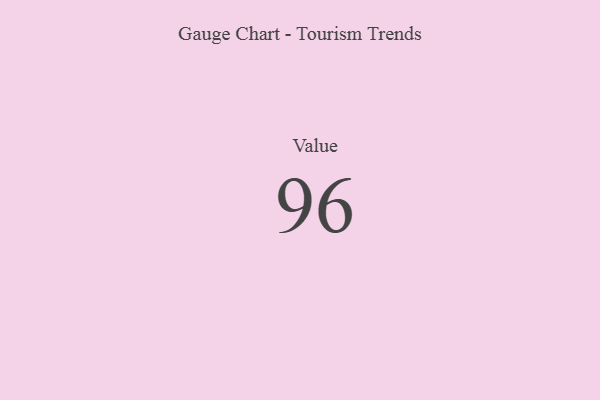
{"axis": {"x": "Metric", "y": "Value"}, "legend": [""], "data": [{"x": "Value", "y": 96, "type": ""}]}